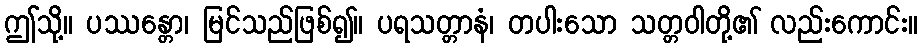
ဤသို့။ ပဿန္တော၊ မြင်သည်ဖြစ်၍။ ပရသတ္တာနံ၊ တပါးသော သတ္တဝါတို့၏ လည်းကောင်း။